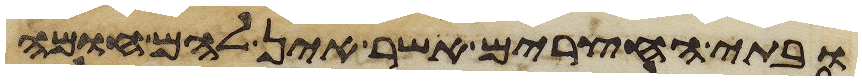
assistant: ובתי החצרים אשר אין להם חומה